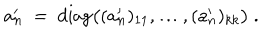
LaTeX: a _ { n } ^ { \prime } \ = \ \mathrm { d i a g } \big ( ( a _ { n } ^ { \prime } ) _ { 1 1 } ^ { } , \ldots , ( a _ { n } ^ { \prime } ) _ { k k } ^ { } \big ) \ .